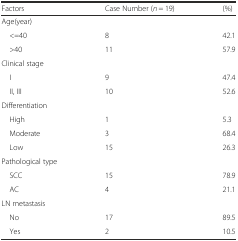
<table><thead><tr><td><b>Factors</b></td><td><b>Case Number (<i>n</i> = 19)</b></td><td><b>(%)</b></td></tr></thead><tbody><tr><td>Age(year)</td><td></td><td></td></tr><tr><td> &lt;=40</td><td>8</td><td>42.1</td></tr><tr><td> &gt;40</td><td>11</td><td>57.9</td></tr><tr><td>Clinical stage</td><td></td><td></td></tr><tr><td> I</td><td>9</td><td>47.4</td></tr><tr><td> II, III</td><td>10</td><td>52.6</td></tr><tr><td>Differentiation</td><td></td><td></td></tr><tr><td> High</td><td>1</td><td>5.3</td></tr><tr><td> Moderate</td><td>3</td><td>68.4</td></tr><tr><td> Low</td><td>15</td><td>26.3</td></tr><tr><td>Pathological type</td><td></td><td></td></tr><tr><td> SCC</td><td>15</td><td>78.9</td></tr><tr><td> AC</td><td>4</td><td>21.1</td></tr><tr><td>LN metastasis</td><td></td><td></td></tr><tr><td> No</td><td>17</td><td>89.5</td></tr><tr><td> Yes</td><td>2</td><td>10.5</td></tr></tbody></table>